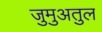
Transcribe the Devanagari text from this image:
जुमुअतुल